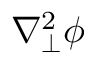
\nabla _ { \perp } ^ { 2 } \phi